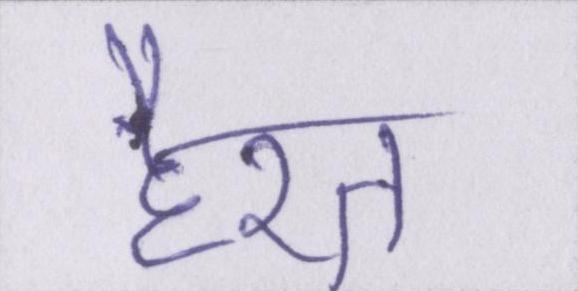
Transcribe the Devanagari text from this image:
हैरत